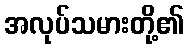
အလုပ်သမားတို့၏